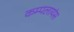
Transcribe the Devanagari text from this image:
कम्पलायंस